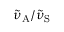
{ \tilde { \nu } _ { \mathrm { A } } } / { \tilde { \nu } _ { \mathrm { S } } }